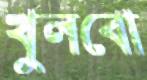
খুলবো